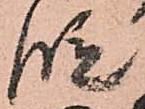
段